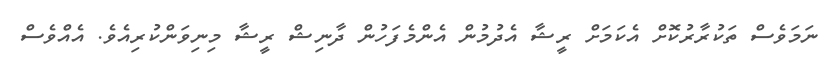
ނަމަވެސް ތަކުރާރުކޮށް އެކަމަށް ރީޝާ އެދުމުން އެންމެފަހުން ދާނިޝް ރީޝާ މިނިވަންކުރިއެވެ. އެއްވެސް